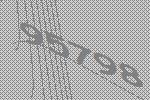
95798